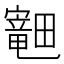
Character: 𪽣